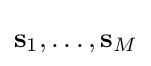
\mathbf {s} _{1},\ldots ,\mathbf {s} _{M}